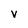
Character: V